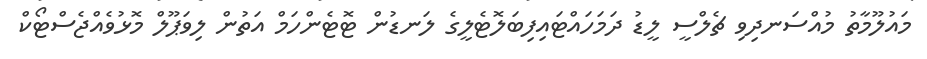
މައުލޫމާތު މުއްސަނދިވި ޗެލްސީ ލީޑު ދަމަހައްޓައިފިބަލޮޓެލީގެ ލަނޑުން ޓޮޓެންހަމް އަތުން ލިވަޕޫލް މޮޅުވެއްޖެސްޓޯކް